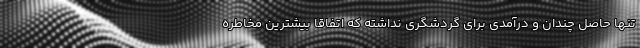
تنها حاصل چندان و درآمدی برای گردشگری نداشته که اتفاقا بیشترین مخاطره